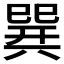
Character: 𢁌